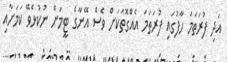
އަދި ފުރަތަމަ ހާފުގައި ފުރަތަމަ އެއްގޮތަކަށް ވެސް އޭނާގެ ޓީމަށް ނުކުޅެވޭ ކަމަށާއި